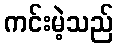
ကင်းမဲ့သည်